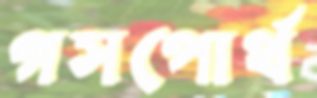
গসপোর্থ